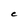
Character: C